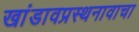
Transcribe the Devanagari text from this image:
खांडावप्रस्थनावाचा